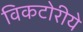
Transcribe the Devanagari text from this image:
विकटोरीये